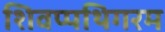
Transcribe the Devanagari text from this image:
शिवप्पथिगरम